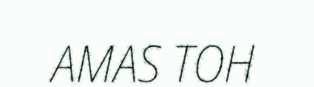
AMAS TOH